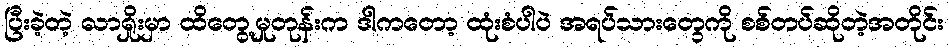
ပြီးခဲ့တဲ့ လာရှိုးမှာ ထိတွေ့မှုတုန်းက ဒါကတော့ ထုံးစံပါပဲ အရပ်သားတွေကို စစ်တပ်ဆိုတဲ့အတိုင်း